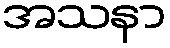
အသနာ